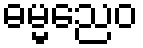
ဓမ္မညေဝ